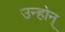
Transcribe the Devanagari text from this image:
उन्होन्